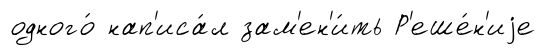
одного́ нап'иса́л зам'ен'и́ть Р'еше́н'иjе